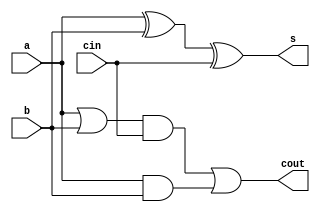
`timescale 1ns / 1ps
//////////////////////////////////////////////////////////////////////////////////
// Company: 
// Engineer: 
// 
// Design Name: 
// Module Name: full_adder
// Project Name: 
// Target Devices: 
// Tool Versions: 
// Description: 
// 
// Dependencies: 
// 
// Revision:
// Revision 0.01 - File Created
// Additional Comments:
// 
//////////////////////////////////////////////////////////////////////////////////


module full_adder(a, b, cin , s, cout);
input a, b, cin;
output s, cout;
wire w1, w2, w3, w4;

xor(w1, a, b);
xor(s, w1, cin);
or(w2, a, b);
and(w3, w2, cin);
and(w4, a, b);
or(cout, w3, w4);


endmodule